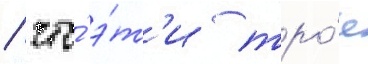
/ что́ э́т'и тро́е